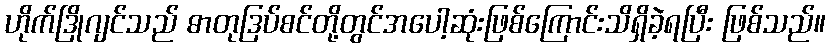
ဟိုက်ဒြိုဂျင်သည် ဓာတုဒြပ်စင်တို့တွင်အပေါ့ဆုံးဖြစ်ကြောင်းသိရှိခဲ့ရပြီး ဖြစ်သည်။